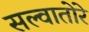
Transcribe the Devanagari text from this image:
सल्वातोरे